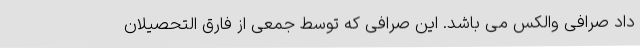
داد صرافی والکس می باشد. این صرافی که توسط جمعی از فارق التحصیلان